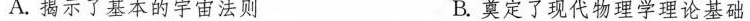
A.揭示了基本的宇宙法则 B.奠定了现代物理学理论基础